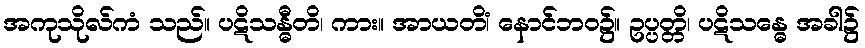
အကုသိုလ်ကံ သည်။ ပဋိသန္ဓီတိ၊ ကား။ အာယတိံ၊ နောင်ဘဝ၌။ ဥပ္ပတ္တိ၊ ပဋိသန္ဓေ အခါ၌